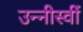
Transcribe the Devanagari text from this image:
उन्नीस्वीं